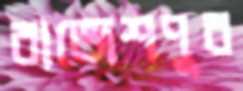
রাজেশপুর